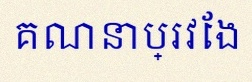
គណនាប្រវែង